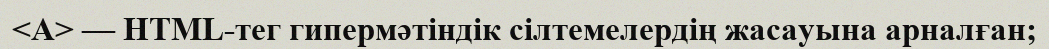
<A> — HTML-тег гипермәтіндік сілтемелердің жасауына арналған;